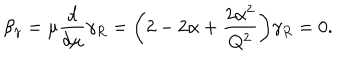
\beta _ { \gamma } = \mu { \frac { d } { d \mu } } \gamma _ { R } = \biggl ( 2 - 2 \alpha + { \frac { 2 \alpha ^ { 2 } } { Q ^ { 2 } } } \biggr ) \gamma _ { R } = 0 .